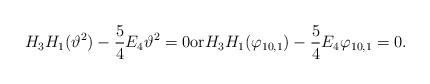
\begin{align*}H_3H_{1}(\vartheta^2)-\frac 54 E_4\vartheta^2=0{\rm or} H_3H_{1}(\varphi_{10,1})-\frac 54 E_4\varphi_{10,1}=0.\end{align*}